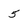
Character: 5